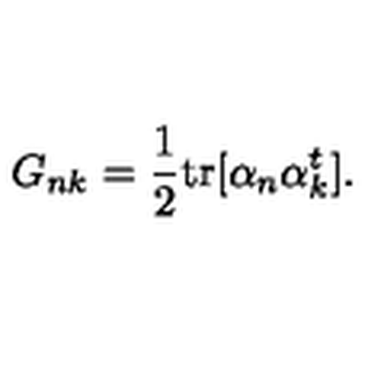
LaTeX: G _ { n k } = { \frac { 1 } { 2 } } \mathrm { t r } [ \alpha _ { n } \alpha _ { k } ^ { t } ] .